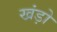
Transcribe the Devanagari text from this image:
खंड़ो